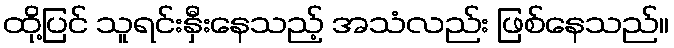
ထို့ပြင် သူရင်းနှီးနေသည့် အသံလည်း ဖြစ်နေသည်။